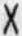
X